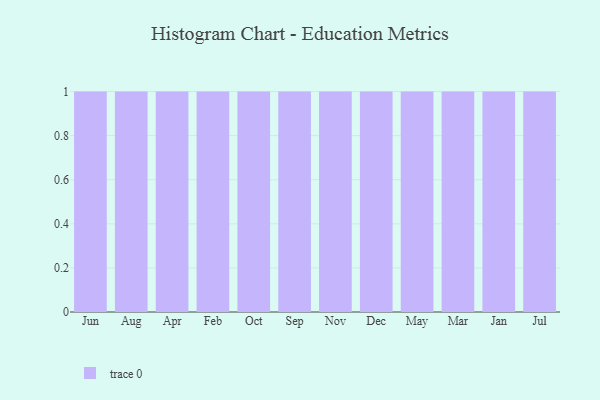
{"axis": {"x": "Month", "y": "Market Share (%)"}, "legend": [""], "data": [{"x": "Jun", "y": 74, "type": ""}, {"x": "Aug", "y": 37, "type": ""}, {"x": "Apr", "y": 68, "type": ""}, {"x": "Feb", "y": 62, "type": ""}, {"x": "Oct", "y": 28, "type": ""}, {"x": "Sep", "y": 64, "type": ""}, {"x": "Nov", "y": 54, "type": ""}, {"x": "Dec", "y": 45, "type": ""}, {"x": "May", "y": 61, "type": ""}, {"x": "Mar", "y": 47, "type": ""}, {"x": "Jan", "y": 36, "type": ""}, {"x": "Jul", "y": 88, "type": ""}]}